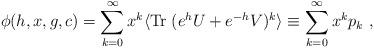
LaTeX: \begin{align*}\phi (h, x, g, c) =\sum_{k = 0}^{\infty} x^k \langle{\rm Tr}\; (e^{h}U + e^{-h}V)^k \rangle\equiv \sum_{k = 0}^{\infty} x^kp_k\ ,\end{align*}